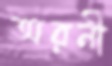
অরনী